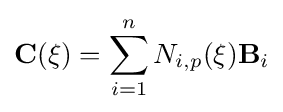
{\textbf {C}}(\xi )=\sum _{i=1}^{n}N_{i,p}(\xi ){\textbf {B}}_{i}